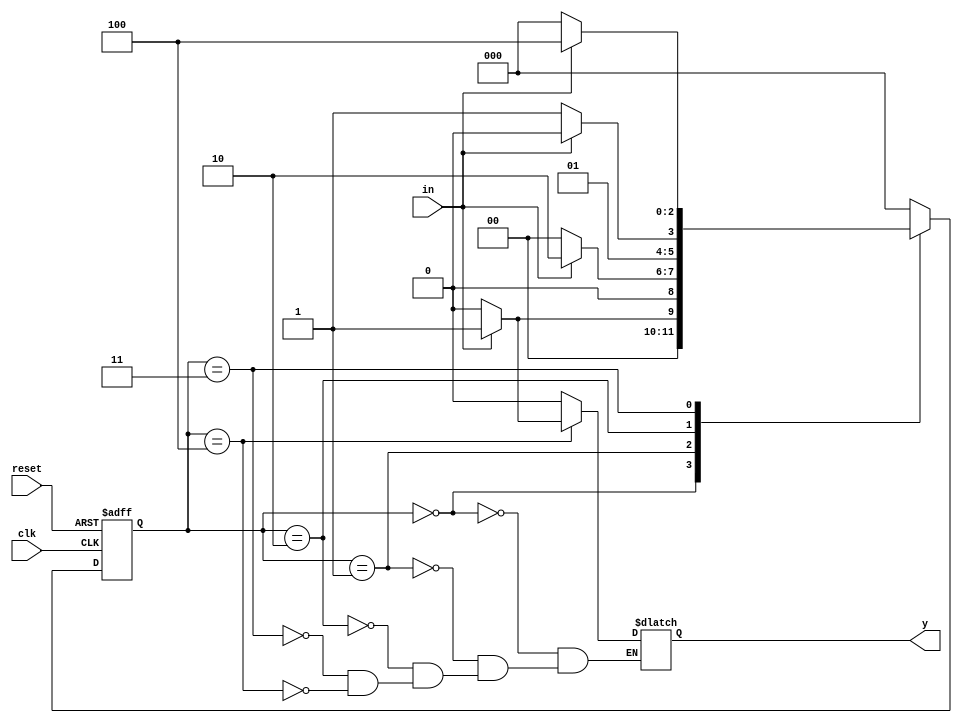
// This is for Non-Overlapping Sequence Detector

`timescale 1ns / 1ps

module mealy_seq_detector(
                         input clk,reset,
                         input in,
                         output reg y    
                         );
             
reg [2:0] current_state,next_state;
                       
parameter S0 = 3'b000,
          S1 = 3'b001,
          S2 = 3'b010,
          S3 = 3'b011,
          S4 = 3'b100;

// State transition logic
always@(posedge clk or posedge reset)begin
     if(reset)
      current_state <= S0;
     else
      current_state <= next_state;
    end
 
 // Next state logic and output logic
always@(*)begin
//        next_state = current_state;
//        y = 0;
        
case(current_state)
    S0: begin
      y = 0;
      next_state = in ? S1 : S0;
      end
      
    S1: begin
      y = 0;
      next_state = in ? S2 : S0;
      end
      
    S2: begin
      y = 0;
      next_state = in ? S2 : S3;
      end
      
    S3 : begin
      y = 0;
      next_state = in ? S4 : S0;
     end
     
    S4 : begin
     if(in)begin
     next_state = S0;
     y = 1;
     end
     
     else begin
      next_state = S0;
      y = 0;
      end
      end
      default: next_state = S0; 
      
      endcase
    end
endmodule